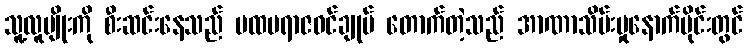
သူ့လူမျိုးကို စီးဆင်းနေသည် ပထမရာဇဝင်ချုပ် တောက်တဲ့သည် အာဏာသိမ်းမှုနောက်ပိုင်းတွင်